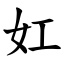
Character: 妅